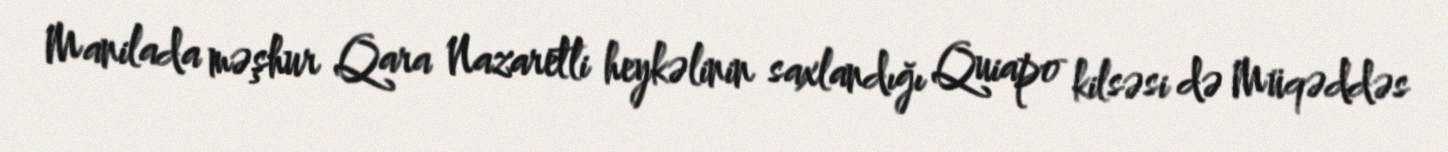
Manilada məşhur Qara Nazaretli heykəlinin saxlandığı Quiapo kilsəsi də Müqəddəs